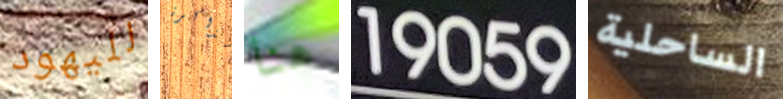
لليهود بالذاكرة هنا 19059 الساحلية